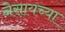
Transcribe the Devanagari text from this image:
नेसायच्या